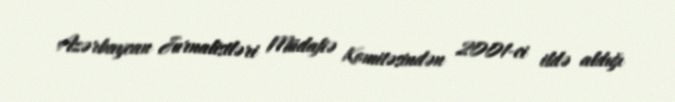
Azərbaycan Jurnalistləri Müdafiə Komitəsindən 2001-ci ildə aldığı